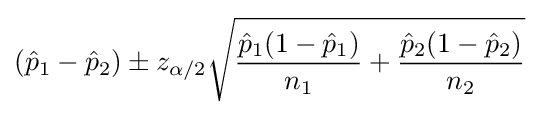
({\hat {p}}_{1}-{\hat {p}}_{2})\pm z_{\alpha /2}{\sqrt {{\frac {{\hat {p}}_{1}(1-{\hat {p}}_{1})}{n_{1}}}+{\frac {{\hat {p}}_{2}(1-{\hat {p}}_{2})}{n_{2}}}}}